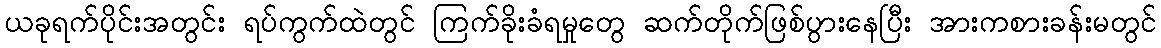
ယခုရက်ပိုင်းအတွင်း ရပ်ကွက်ထဲတွင် ကြက်ခိုးခံရမှုတွေ ဆက်တိုက်ဖြစ်ပွားနေပြီး အားကစားခန်းမတွင်